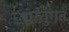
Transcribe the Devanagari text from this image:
धातुगत